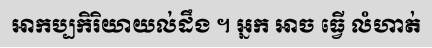
អាកប្បកិរិយាយល់ដឹង ។ អ្នក អាច ធ្វើ លំហាត់